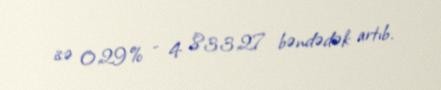
isə 0,29% - 4 833,27 bəndədək artıb.